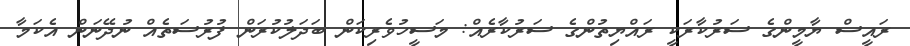
ރައީސް ޔާމީންގެ ސަރުކާރަކީ ރައްޔިތުންގެ ސަރުކާރެއް: މަސީހުވެރިކަން ބަދަލުކުރަން ފުރުސަތެއް ނުދޭނަން އެކަމާ